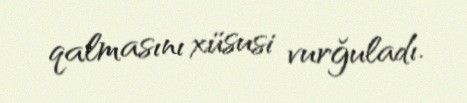
qalmasını xüsusi vurğuladı.